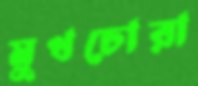
মুখচোরা